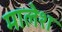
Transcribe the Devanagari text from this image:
मालेश